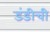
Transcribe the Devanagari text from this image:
डंडीची